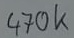
Text: 470k